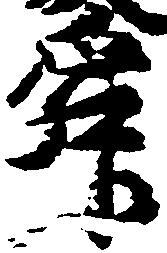
舜